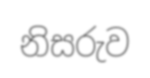
නිසරුව